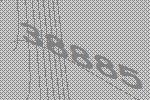
38885